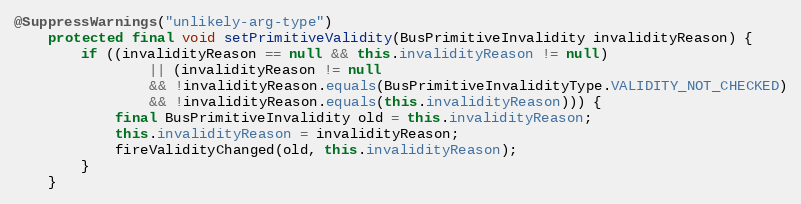
Language: Java
@SuppressWarnings("unlikely-arg-type")
	protected final void setPrimitiveValidity(BusPrimitiveInvalidity invalidityReason) {
		if ((invalidityReason == null && this.invalidityReason != null)
				|| (invalidityReason != null
				&& !invalidityReason.equals(BusPrimitiveInvalidityType.VALIDITY_NOT_CHECKED)
				&& !invalidityReason.equals(this.invalidityReason))) {
			final BusPrimitiveInvalidity old = this.invalidityReason;
			this.invalidityReason = invalidityReason;
			fireValidityChanged(old, this.invalidityReason);
		}
	}